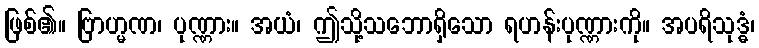
ဖြစ်၏။ ဗြာဟ္မဏ၊ ပုဏ္ဏား။ အယံ၊ ဤသို့သဘောရှိသော ရဟန်းပုဏ္ဏားကို။ အပရိသုဒ္ဓံ၊